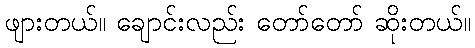
ဖျားတယ်။ ချောင်းလည်း တော်တော် ဆိုးတယ်။